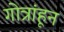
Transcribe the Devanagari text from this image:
गोत्रांहून